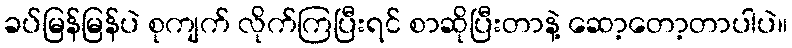
ခပ်မြန်မြန်ပဲ စုကျက် လိုက်ကြပြီးရင် စာဆိုပြီးတာနဲ့ ဆော့တော့တာပါပဲ။